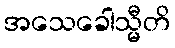
အသေခေါသ္မီတိ